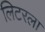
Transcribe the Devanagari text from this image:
लिटरला